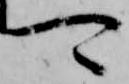
可